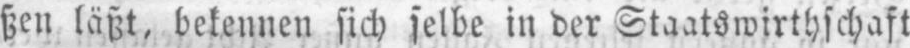
ßen läßt, bekenne sich selbe in der Staatswirthschaft